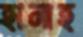
হানাহ